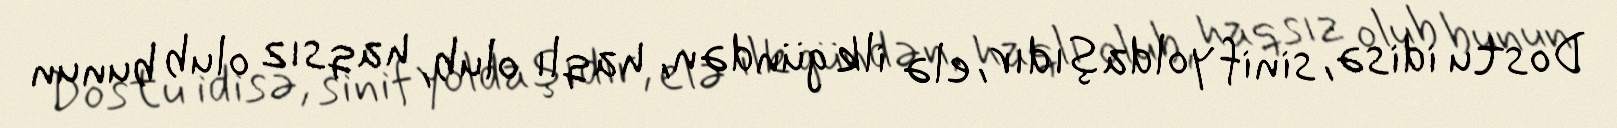
Dostu idisə, sinif yoldaşıdır, elə ilk gündən, haqlı olub, haqsız olub bunun